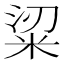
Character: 𥹭